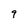
Character: 9